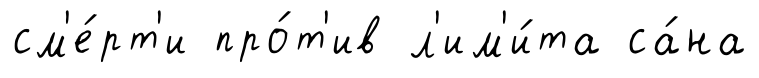
см'е́рт'и про́т'ив л'им'и́та са́на